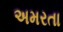
અમરતા